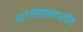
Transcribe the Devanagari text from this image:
२०१२सालापर्यंत